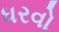
ધરવો